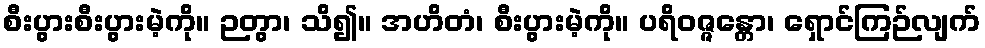
စီးပွားစီးပွားမဲ့ကို။ ဉတွာ၊ သိ၍။ အဟိတံ၊ စီးပွားမဲ့ကို။ ပရိဝဇ္ဇန္တော၊ ရှောင်ကြဉ်လျက်